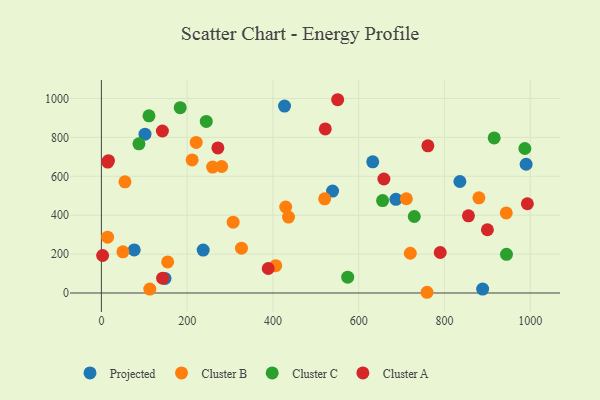
{"axis": {"x": "Price", "y": "Exam Score"}, "legend": ["Cluster A", "Cluster B", "Cluster C", "Projected"], "data": [{"x": "836.0", "y": 573.3, "type": "Projected"}, {"x": "76.6", "y": 221.6, "type": "Projected"}, {"x": "539.1", "y": 524.1, "type": "Projected"}, {"x": "686.8", "y": 481.7, "type": "Projected"}, {"x": "237.4", "y": 220.5, "type": "Projected"}, {"x": "101.7", "y": 816.8, "type": "Projected"}, {"x": "889.1", "y": 20.2, "type": "Projected"}, {"x": "427.1", "y": 961.2, "type": "Projected"}, {"x": "148.3", "y": 74.7, "type": "Projected"}, {"x": "990.5", "y": 662.0, "type": "Projected"}, {"x": "632.8", "y": 674.5, "type": "Projected"}, {"x": "759.4", "y": 3.7, "type": "Cluster B"}, {"x": "436.4", "y": 390.2, "type": "Cluster B"}, {"x": "154.6", "y": 159.8, "type": "Cluster B"}, {"x": "112.9", "y": 20.4, "type": "Cluster B"}, {"x": "720.4", "y": 204.4, "type": "Cluster B"}, {"x": "429.8", "y": 442.1, "type": "Cluster B"}, {"x": "944.2", "y": 411.5, "type": "Cluster B"}, {"x": "280.5", "y": 650.4, "type": "Cluster B"}, {"x": "259.4", "y": 647.4, "type": "Cluster B"}, {"x": "307.3", "y": 364.2, "type": "Cluster B"}, {"x": "211.7", "y": 684.1, "type": "Cluster B"}, {"x": "50.2", "y": 211.9, "type": "Cluster B"}, {"x": "406.5", "y": 140.6, "type": "Cluster B"}, {"x": "221.1", "y": 774.1, "type": "Cluster B"}, {"x": "14.4", "y": 286.9, "type": "Cluster B"}, {"x": "711.2", "y": 484.5, "type": "Cluster B"}, {"x": "880.3", "y": 489.6, "type": "Cluster B"}, {"x": "520.7", "y": 484.0, "type": "Cluster B"}, {"x": "326.7", "y": 230.3, "type": "Cluster B"}, {"x": "55.0", "y": 571.7, "type": "Cluster B"}, {"x": "183.8", "y": 952.7, "type": "Cluster C"}, {"x": "244.6", "y": 882.3, "type": "Cluster C"}, {"x": "729.7", "y": 393.3, "type": "Cluster C"}, {"x": "87.6", "y": 766.8, "type": "Cluster C"}, {"x": "944.7", "y": 198.9, "type": "Cluster C"}, {"x": "655.8", "y": 475.3, "type": "Cluster C"}, {"x": "916.0", "y": 797.6, "type": "Cluster C"}, {"x": "574.4", "y": 81.1, "type": "Cluster C"}, {"x": "111.0", "y": 911.0, "type": "Cluster C"}, {"x": "987.5", "y": 743.1, "type": "Cluster C"}, {"x": "2.9", "y": 192.7, "type": "Cluster A"}, {"x": "389.1", "y": 126.0, "type": "Cluster A"}, {"x": "900.2", "y": 325.1, "type": "Cluster A"}, {"x": "790.2", "y": 208.2, "type": "Cluster A"}, {"x": "14.9", "y": 673.0, "type": "Cluster A"}, {"x": "142.3", "y": 833.0, "type": "Cluster A"}, {"x": "142.8", "y": 76.1, "type": "Cluster A"}, {"x": "551.0", "y": 993.8, "type": "Cluster A"}, {"x": "16.5", "y": 680.5, "type": "Cluster A"}, {"x": "658.8", "y": 586.1, "type": "Cluster A"}, {"x": "761.4", "y": 756.7, "type": "Cluster A"}, {"x": "993.4", "y": 458.9, "type": "Cluster A"}, {"x": "522.1", "y": 843.4, "type": "Cluster A"}, {"x": "856.0", "y": 396.7, "type": "Cluster A"}, {"x": "271.7", "y": 746.1, "type": "Cluster A"}]}